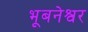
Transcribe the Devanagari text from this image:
भूबनेश्वर